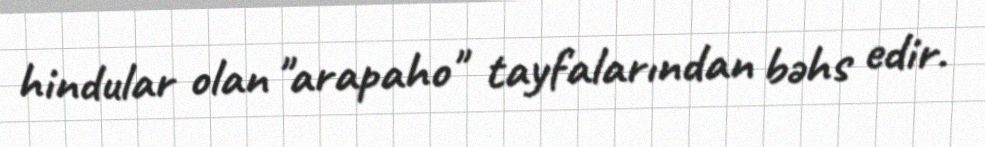
hindular olan "arapaho" tayfalarından bəhs edir.